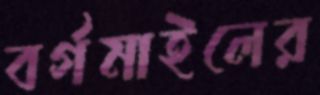
বর্গমাইলের